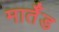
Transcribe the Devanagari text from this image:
मार्तँड